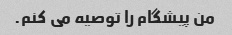
من پیشگام را توصیه می کنم.